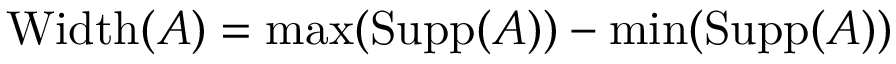
\operatorname { W i d t h } ( A ) = \operatorname* { m a x } ( \operatorname { S u p p } ( A ) ) - \operatorname* { m i n } ( \operatorname { S u p p } ( A ) )